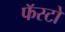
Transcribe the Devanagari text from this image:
फॅस्टो